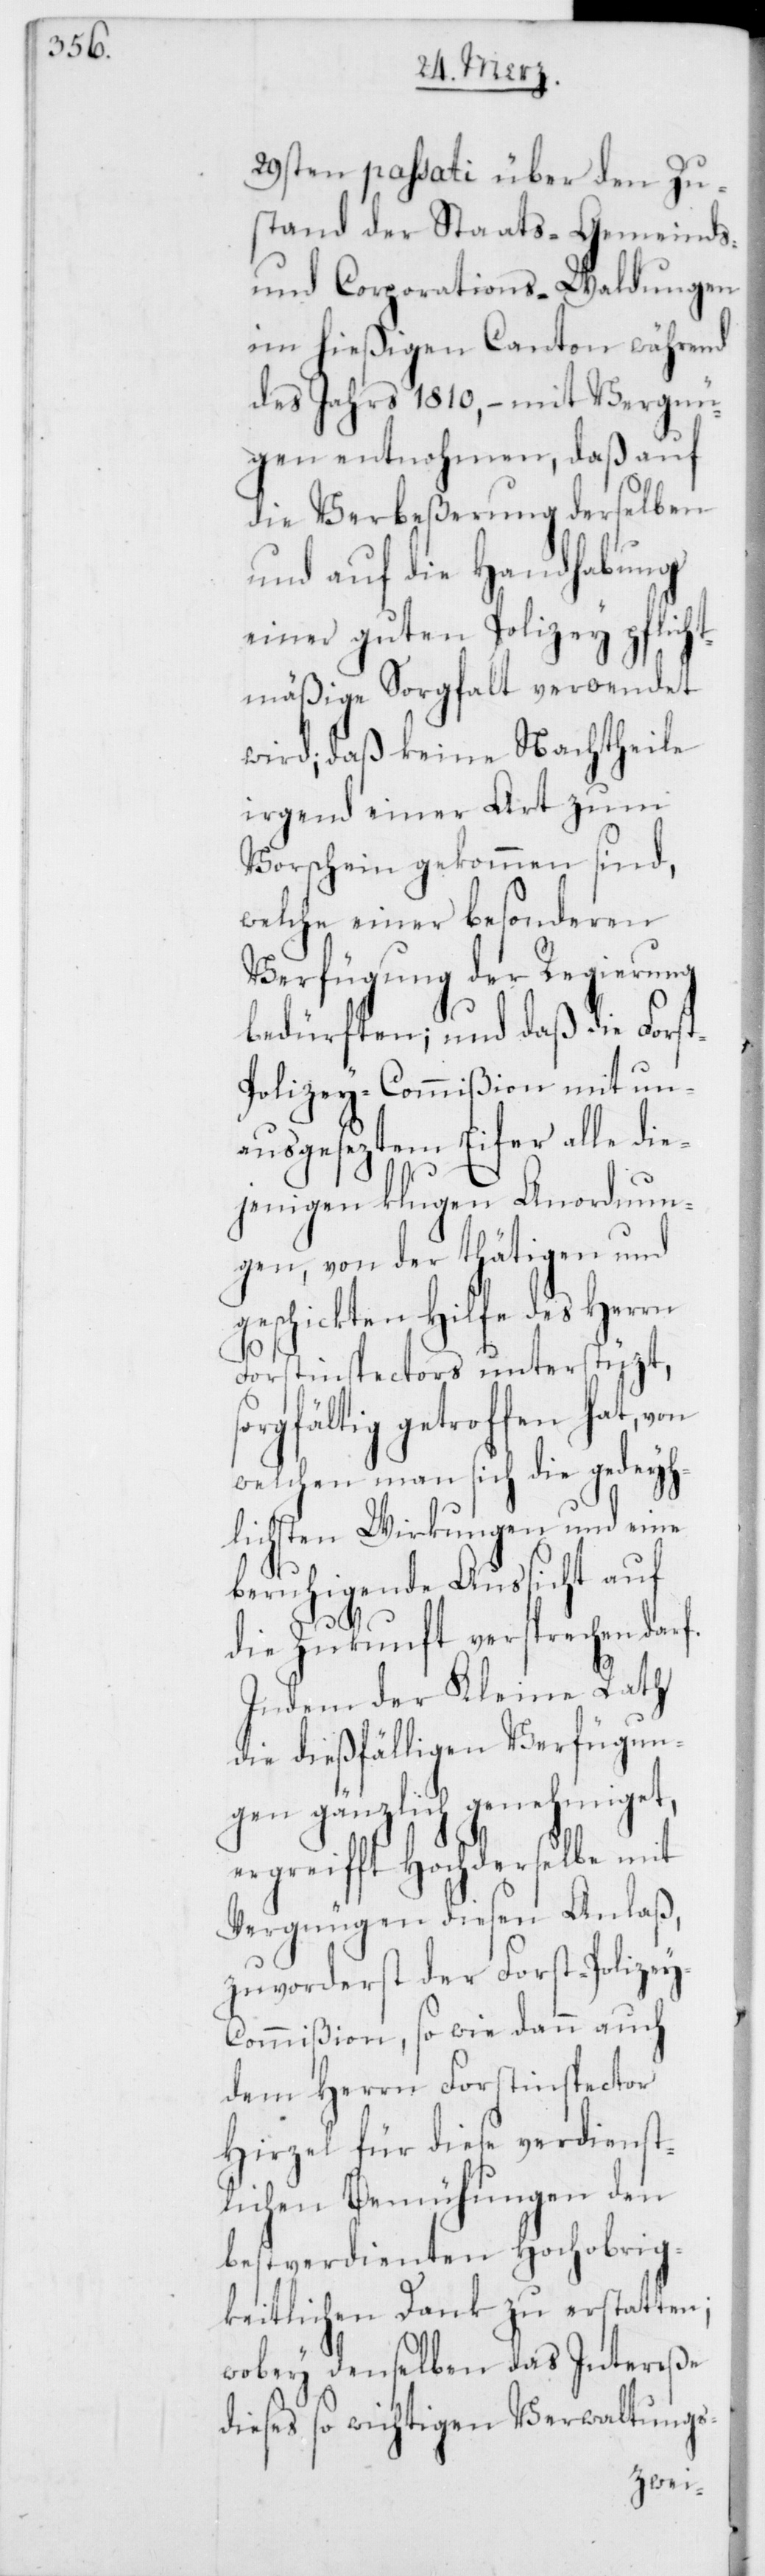
29sten passati über den Zu¬
stand der Staats- Gemeinds-
und Corporations-Waldungen
im hießigen Canton während
des Jahrs 1810, – mit Vergnü¬
gen entnohmen, daß auf
die Verbeßerung derselben
und auf die Handhabung
einer guten Polizey pflicht¬
mäßige Sorgfalt verwendet
wird, daß keine Nachtheile
irgend einer Art zum
Vorschein gekommen sind,
welche einer besonderen
Verfügung der Regierung
bedürfen; und daß die Fors¬
t-Polizey-Commißion mit un¬
ausgeseztem Eifer alle die¬
jenigen klugen Anordnun¬
gen, von der thätigen und
geschickten Hilfe des Herrn
Forstinspectors unterstüzt, s¬
orgfältig getroffen hat, von
welchen man sich die gedeyh¬
lichsten Wirkungen und eine
beruhigende Aussicht auf
die Zukunft versprechen darf.
Indem der Kleine Rath
die dießfälligen Verfügun¬
gen gänzlich genehmiget,
ergreifft Hochderselbe mit
Vergnügen diesen Anlaß,
zuvorderst der Forst-Polizey-C¬
ommißion, so wie dann auch
dem Herrn Forstinspector
Hirzel für diese verdienst¬
lichen Bemühungen den
bestverdienten Hochobrig¬
keitlichen Dank zu erstatten;
wobey denselben das Intereße
dieses so wichtigen Verwaltungs-